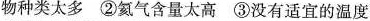
物种类太多②氦气含量太高③没有适宜的温度